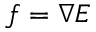
f = \nabla E